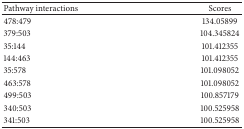
<table><thead><tr><td><b>Pathway interactions</b></td><td><b>Scores</b></td></tr></thead><tbody><tr><td>478:479</td><td>134.05899</td></tr><tr><td>379:503</td><td>104.345824</td></tr><tr><td>35:144</td><td>101.412355</td></tr><tr><td>144:463</td><td>101.412355</td></tr><tr><td>35:578</td><td>101.098052</td></tr><tr><td>463:578</td><td>101.098052</td></tr><tr><td>499:503</td><td>100.857179</td></tr><tr><td>340:503</td><td>100.525958</td></tr><tr><td>341:503</td><td>100.525958</td></tr></tbody></table>